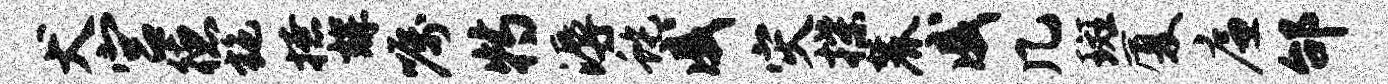
犬宫德施撩辉嘱特溽蛇戚灾揲麓戚几斑厦廉邰